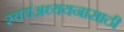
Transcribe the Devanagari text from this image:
स्वयंअध्ययनासाठी